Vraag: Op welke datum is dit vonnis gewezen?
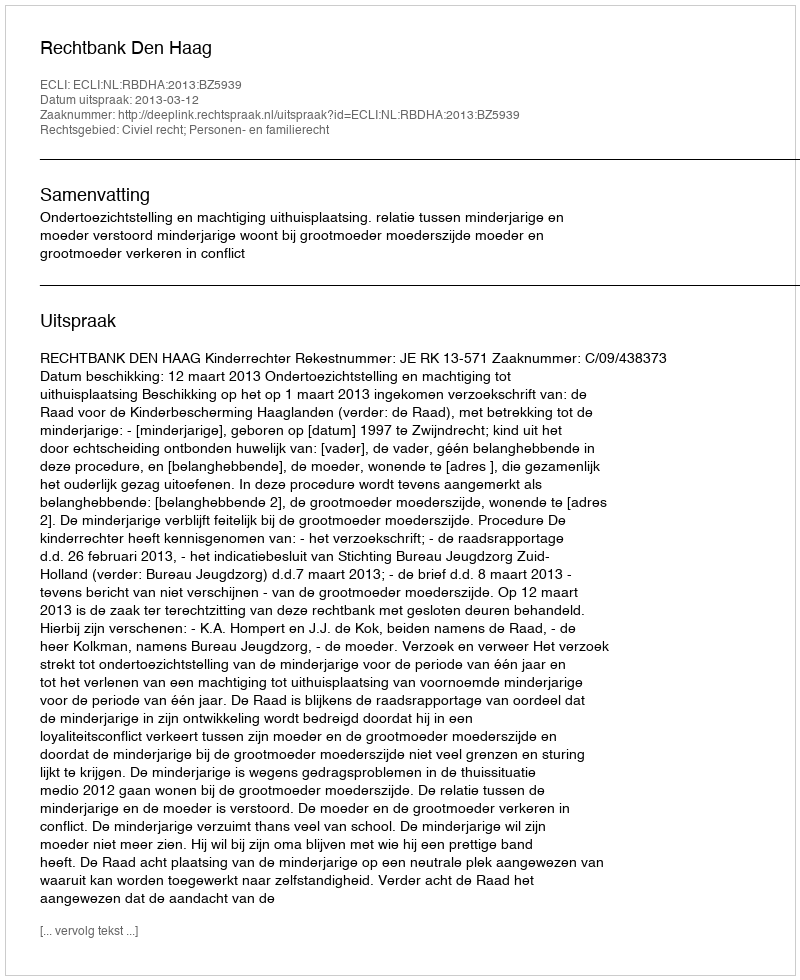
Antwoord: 2013-03-12